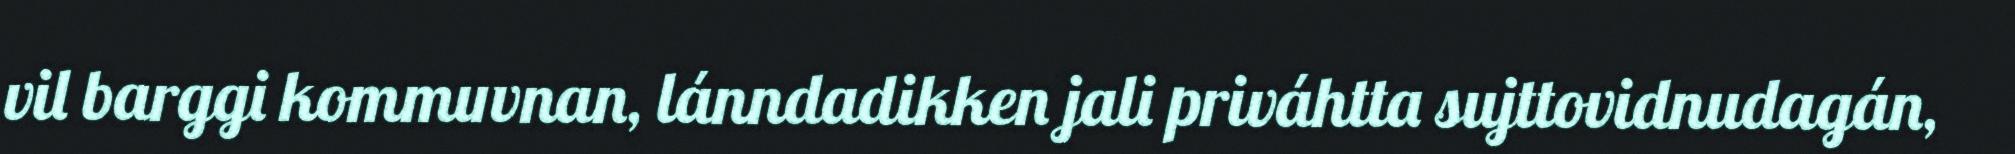
vil barggi kommuvnan, lánndadikken jali priváhtta sujttovidnudagán,